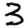
Digit: 3